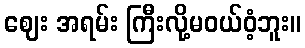
ဈေး အရမ်း ကြီးလို့မဝယ်ဝံ့ဘူး။